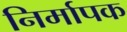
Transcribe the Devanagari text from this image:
निर्मापक